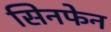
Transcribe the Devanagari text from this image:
सिनफेन